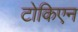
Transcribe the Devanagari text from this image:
टोकिएन